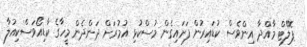
ޕޮލޭޓް މާއްދާ އިންވެސް ކުޑައިރުން ފަށައިގެން މުސްކުޅި އުމުރަށް ދަންދެން މީހާގެ ކާޑިއޯވަސްކިއުލާ